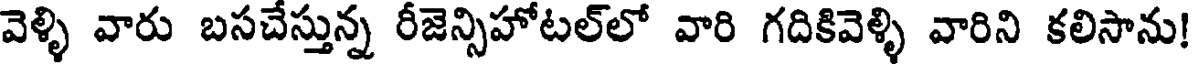
వెళ్ళి వారు బసచేస్తున్న రీజెన్సిహోటల్లో వారి గదికివెళ్ళి వారిని కలిసాను